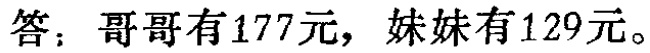
答：哥哥有177元，妹妹有129元。